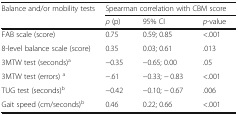
<table><thead><tr><td><b>Balance and/or mobility tests</b></td><td colspan="3"><b>Spearman correlation with CBM score</b></td></tr><tr><td></td><td><b><i>ρ</i> (p)</b></td><td><b>95% CI</b></td><td><b><i>p</i>-value</b></td></tr></thead><tbody><tr><td>FAB scale (score)</td><td>0.75</td><td>0.59; 0.85</td><td>&lt;.001</td></tr><tr><td>8-level balance scale (score)</td><td>0.35</td><td>0.03; 0.61</td><td>.013</td></tr><tr><td>3MTW test (seconds)<sup>a</sup></td><td>−0.35</td><td>−0.65; 0.00</td><td>.05</td></tr><tr><td>3MTW test (errors) <sup>a</sup></td><td>−.61</td><td>−0.33; − 0.83</td><td>&lt;.001</td></tr><tr><td>TUG test (seconds)<sup>b</sup></td><td>−0.42</td><td>−0.10; − 0.67</td><td>.006</td></tr><tr><td>Gait speed (cm/seconds)<sup>b</sup></td><td>0.46</td><td>0.22; 0.66</td><td>&lt;.001</td></tr></tbody></table>